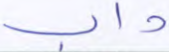
داب